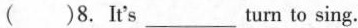
( )8.It's___turn to sing.